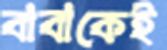
বাবাকেই